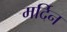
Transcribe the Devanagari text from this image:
मर्दिन